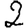
Digit: 2